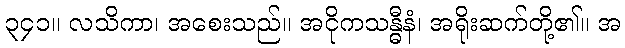
၃၄၁။ လသိကာ၊ အစေးသည်။ အငိုကသန္ဓီနံ၊ အရိုးဆက်တို့၏။ အ